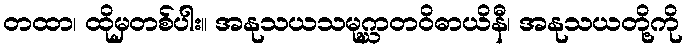
တထာ၊ ထိုမှတစ်ပါး။ အနုသယသမုဂ္ဃာတဝိဓာယိနီ၊ အနုသယတို့ကို